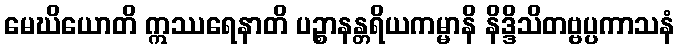
မေဃိယောတိ ဣဿရေနာတိ ပဉ္စာနန္တရိယကမ္မာနိ နိဒ္ဒိသိတဗ္ဗပ္ပကာသနံ